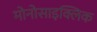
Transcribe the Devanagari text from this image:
मोनोसाइक्लिक